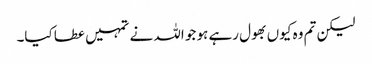
لیکن تم وہ کیوں بھول رہے ہو جو اللہ نے تمہیں عطا کیا۔